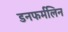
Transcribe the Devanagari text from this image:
डनफर्मलिन